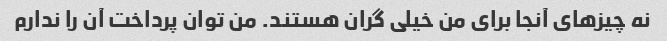
نه چیزهای آنجا برای من خیلی گران هستند. من توان پرداخت آن را ندارم